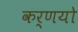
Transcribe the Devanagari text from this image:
कर्णयो